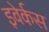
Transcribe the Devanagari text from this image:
इवेर्कस